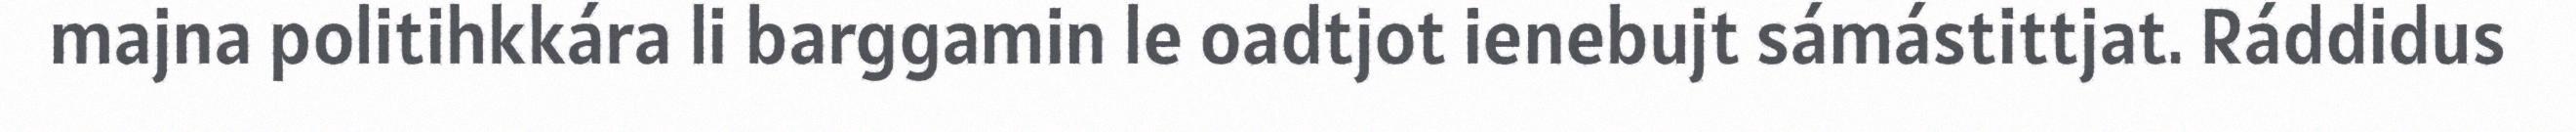
majna politihkkára li barggamin le oadtjot ienebujt sámástittjat. Ráddidus